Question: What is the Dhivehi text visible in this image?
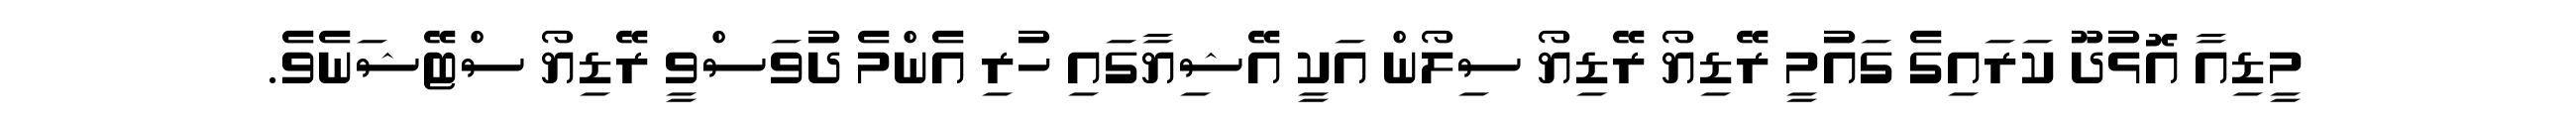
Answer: މީޑިއާ އޮޅުދޫ ކަރައިގެ ގައުމީ ރޭޑިޔޯ ރޭޑިޔޯ ސިލޯން އަކީ އޭޝިޔާގައި ހުރި އެންމެ ދުވަސްވީ ރޭޑިޔޯ ސްޓޭޝަނެވެ.